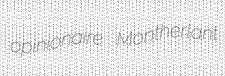
opinionaire Montherlant